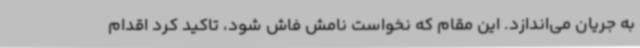
به جریان می‌اندازد. این مقام که نخواست نامش فاش شود، تاکید کرد اقدام